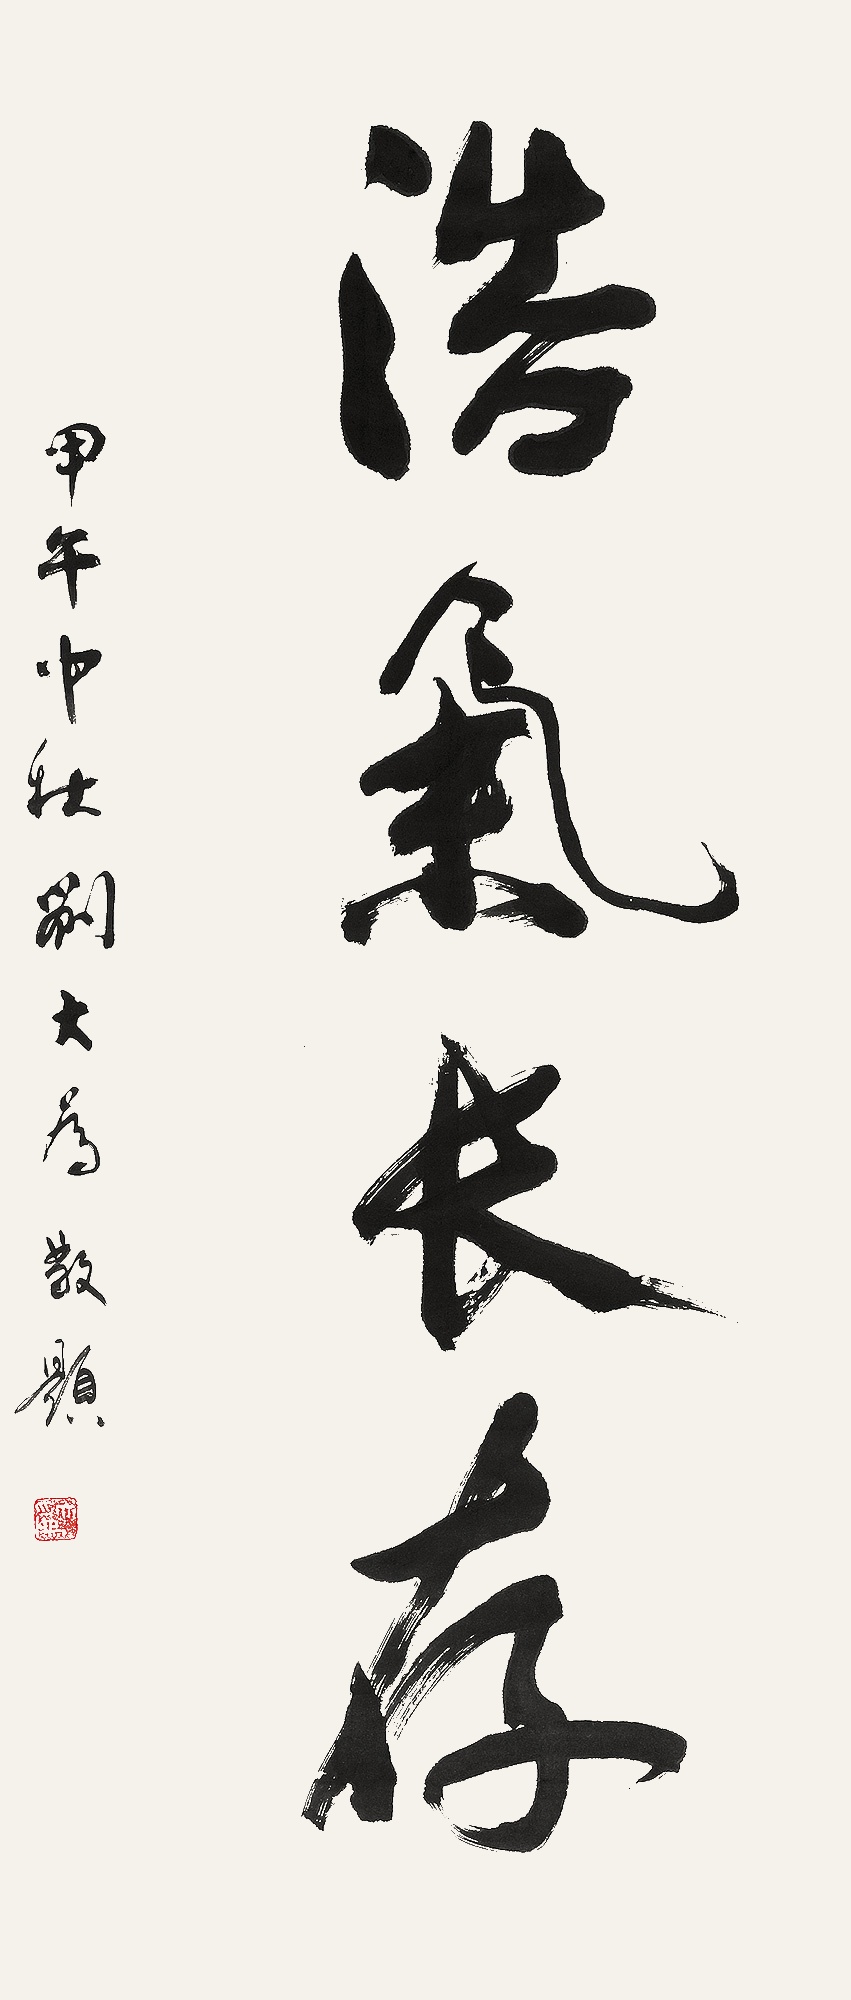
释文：浩气长存甲午中秋刘大为敬题。